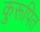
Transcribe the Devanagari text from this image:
कुरूपित